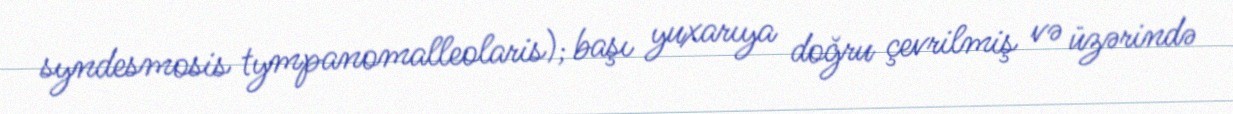
syndesmosis tympanomalleolaris); başı yuxarıya doğru çevrilmiş və üzərində